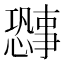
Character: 𫻐